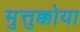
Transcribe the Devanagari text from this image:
मुत्तुक्कोया